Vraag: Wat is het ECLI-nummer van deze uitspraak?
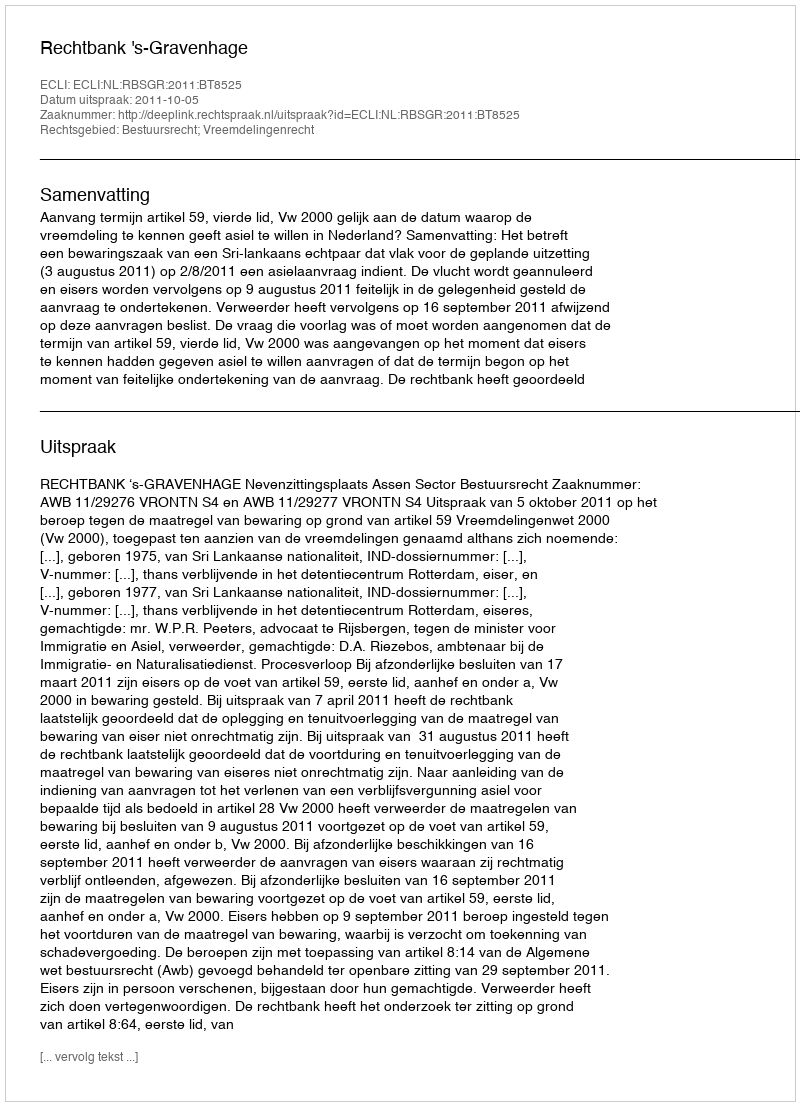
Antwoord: ECLI:NL:RBSGR:2011:BT8525